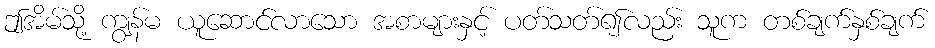
ဤအိမ်သို့ ကျွန်မ ယူဆောင်လာသော အစာများနှင့် ပတ်သတ်၍လည်း သူက တစ်ချက်နှစ်ချက်